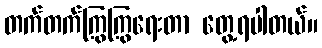
တက်တက်ကြွကြွရေးတာ တွေ့ရပါတယ်။